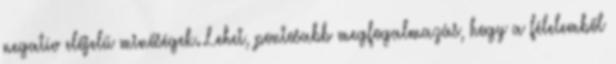
negatív előjelű minőségek. Lehet, pontosabb megfogalmazás, hogy a félelemből